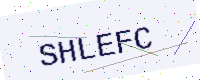
Text: SHLEFC